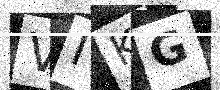
Text: VIKG